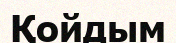
Қойдым